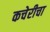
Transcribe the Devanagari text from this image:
कचेरीचा